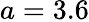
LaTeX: a=3.6